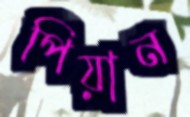
পিয়ান